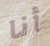
أنا